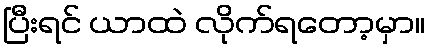
ပြီးရင် ယာထဲ လိုက်ရတော့မှာ။